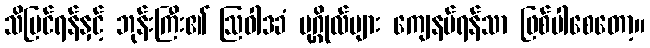
သိမြင်ရန်နှင့် ဘုန်းကြီး၏ ဩဝါဒခံ ပုဂ္ဂိုလ်များ ကျေနပ်ရန်သာ ဖြစ်ပါစေတော့။